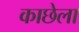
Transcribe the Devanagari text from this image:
काछेला